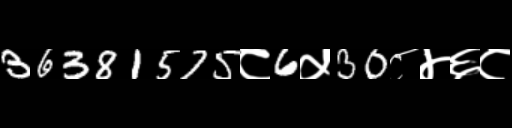
Text: 36381575८6५30८४६८